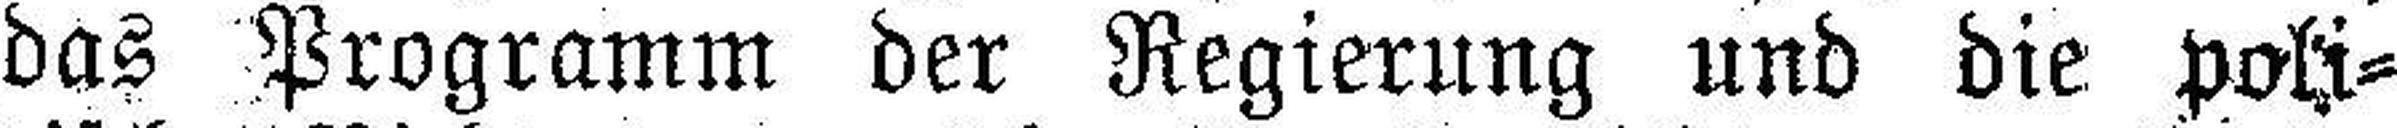
das Programm der Regierung und die poli¬